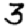
Digit: 3